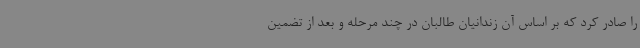
را صادر کرد که بر اساس آن زندانیان طالبان در چند مرحله و بعد از تضمین